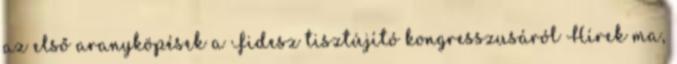
az első aranyköpések a Fidesz tisztújító kongresszusáról Hírek ma,